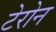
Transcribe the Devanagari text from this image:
टेरोन